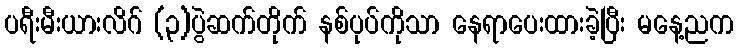
ပရီးမီးယားလိဂ် (၃)ပွဲဆက်တိုက် နစ်ပုပ်ကိုသာ နေရာပေးထားခဲ့ပြီး မနေ့ညက